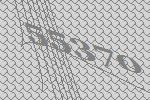
55370